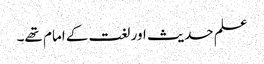
علم حدیث اور لغت کے امام تھے۔